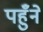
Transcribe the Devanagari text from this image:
पहुँने